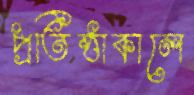
প্রতিষ্ঠাকালে